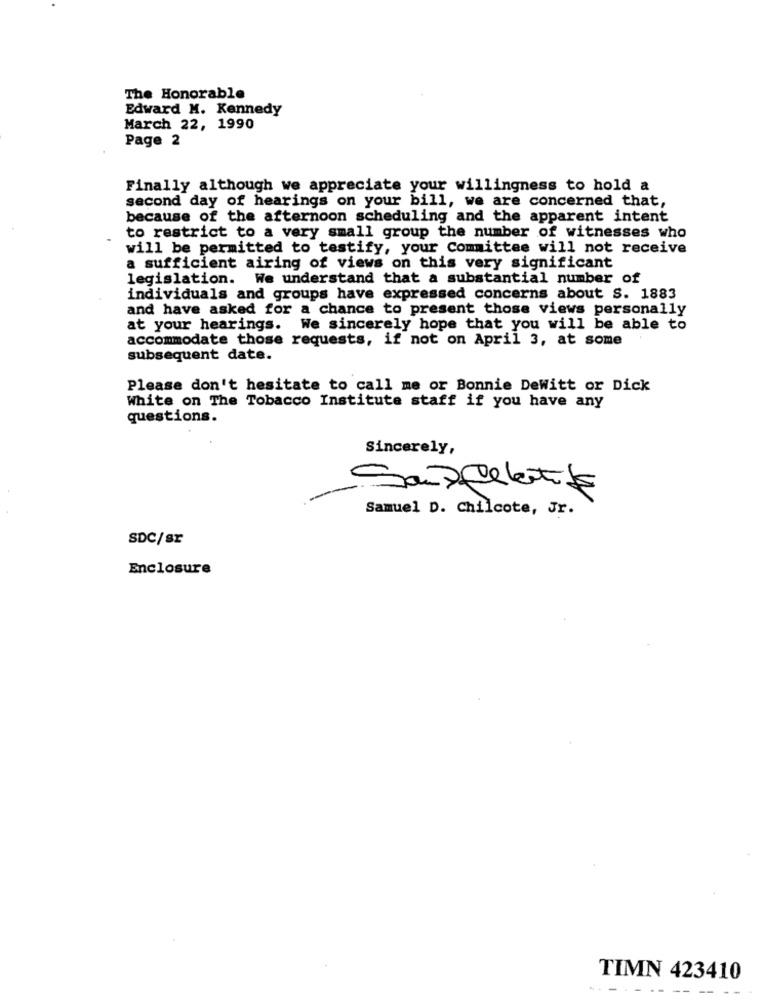
The Honorable
Edward M. Kennedy
March 22, 1990
Page 2
Finally although we appreciate your willingness to hold a
second day of hearings on your bill, we are concerned that,
because of the afternoon scheduling and the apparent intent
to restrict to a very small group the number of witnesses who
will be permitted to testify, your Committee will not receive
a sufficient airing of views on this very significant
legislation. We understand that a substantial number of
individuals and groups have expressed concerns about S. 1883
and have asked for a chance to present those views personally
at your hearings. We sincerely hope that you will be able to
accommodate those requests, if not on April 3, at some
subsequent date.
Please don't hesitate to call me or Bonnie DeWitt or Dick
White on The Tobacco Institute staff if you have any
questions.
Sincerely,
-Santfeletils
Samuel D. Chilcote, Jr.
SDC/sr
Enclosure
TIMN 423410